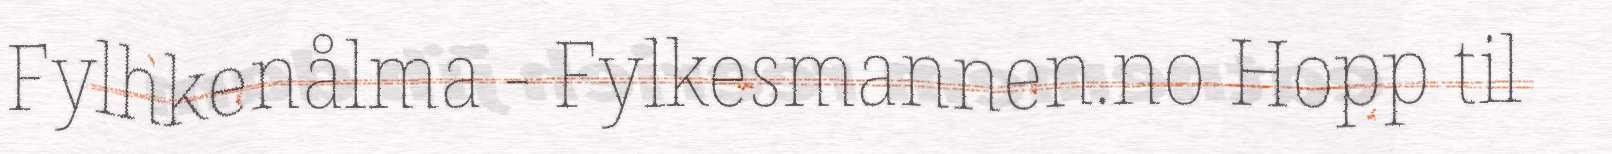
Fylhkenålma - Fylkesmannen.no Hopp til